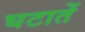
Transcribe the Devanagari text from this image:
घटातें